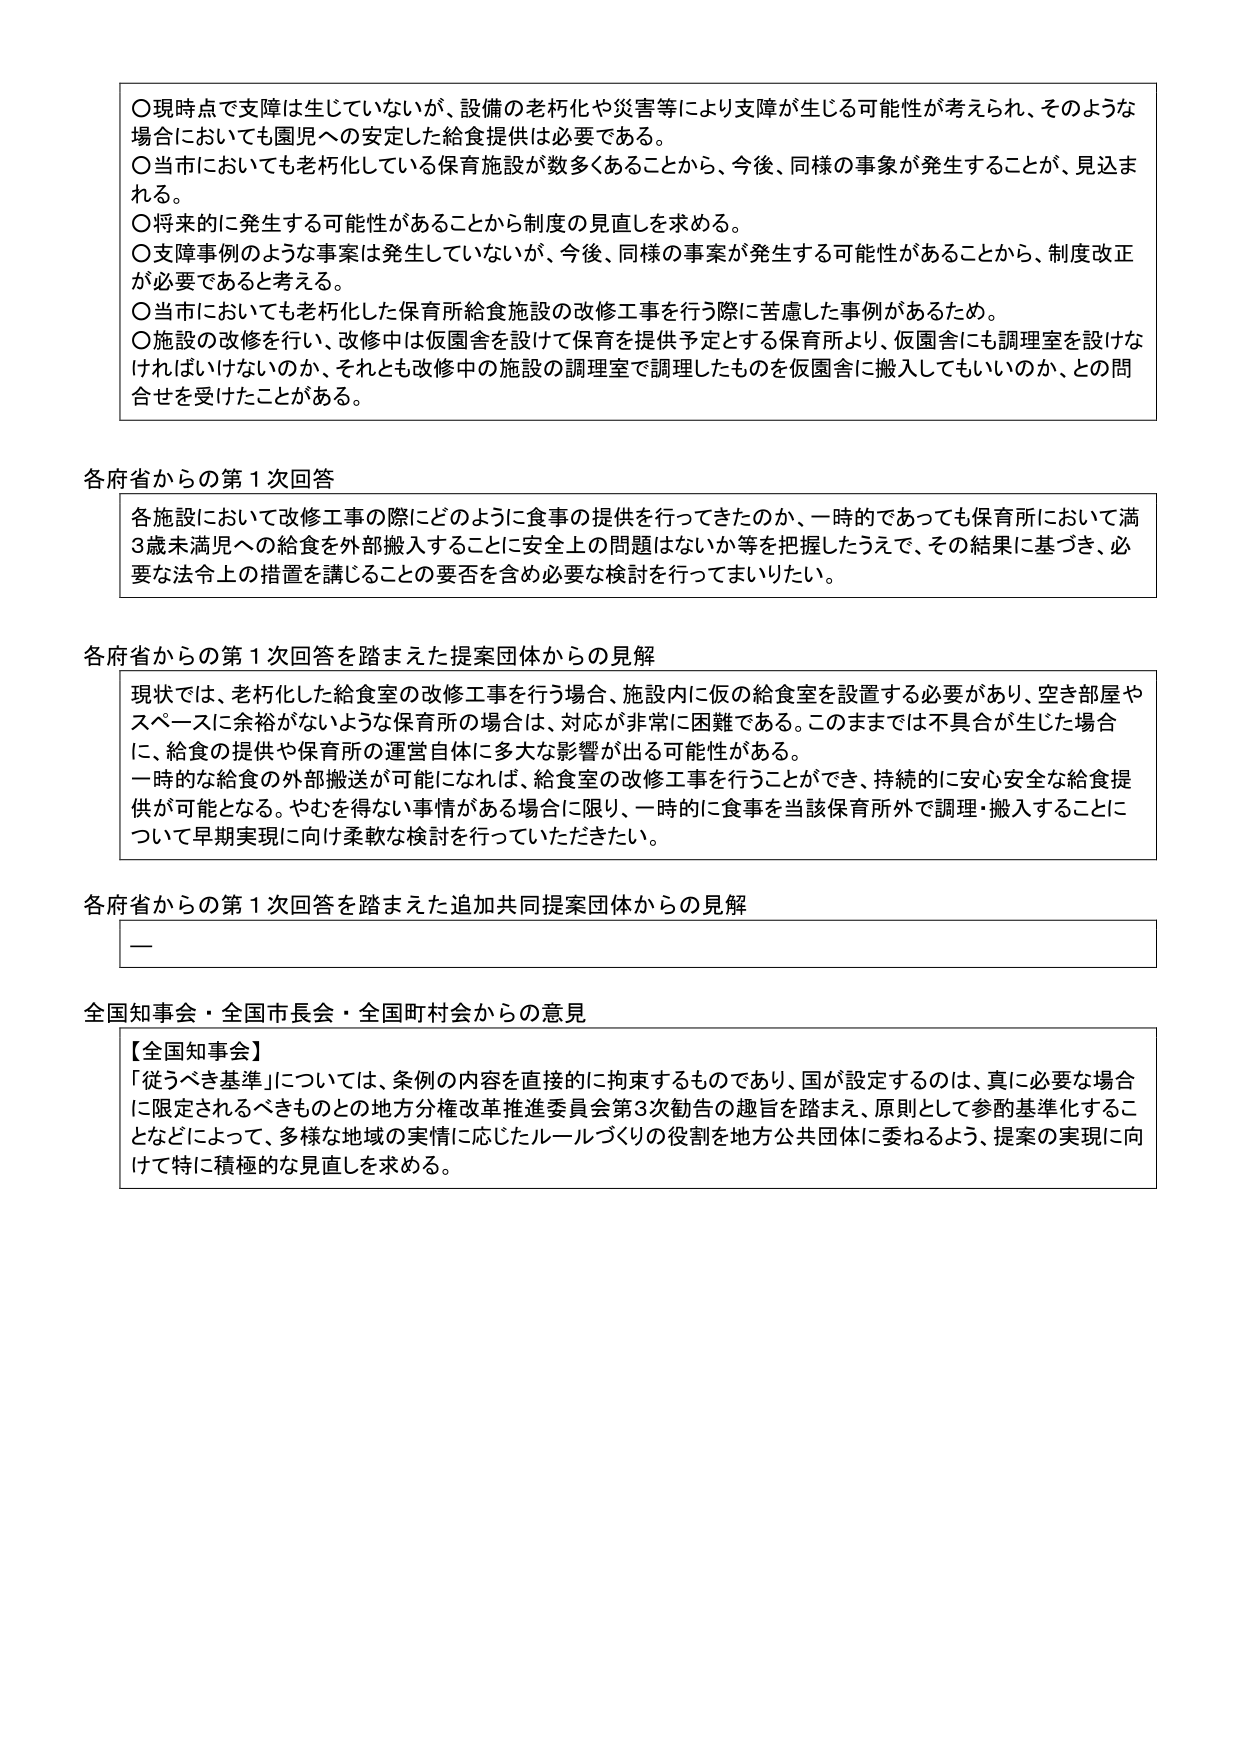
〇現時点で支障は生じていないが、設備の老朽化や災害等により支障が生じる可能性が考えられ、そのような場合においても園児への安定した給食提供は必要である。
〇当市においても老朽化している保育施設が数多くあることから、今後、同様の事象が発生することが、見込まれる。
〇将来的に発生する可能性があることから制度の見直しを求める。
〇支障事例のような事案は発生していないが、今後、同様の事案が発生する可能性があることから、制度改正が必要であると考える。
〇当市においても老朽化した保育所給食施設の改修工事を行う際に苦慮した事例があるため。
〇施設の改修を行い、改修中は仮園舎を設けて保育を提供予定とする保育所より、仮園舎にも調理室を設けなければならないのか、それとも改修中の施設の調理室で調理したものを仮園舎に搬入してもいいのか、との問合せを受けたことがある。

各府省からの第1次回答
各施設において改修工事の際にどのように食事の提供を行ってきたのか、一時的であっても保育所において満3歳未満児への給食を外部搬入することに安全上の問題はないか等を把握したうえで、その結果に基づき、必要な法令上の措置を講じることの要否を含め必要な検討を行ってまいりたい。

各府省からの第1次回答を踏まえた提案団体からの見解
現状では、老朽化した給食室の改修工事を行う場合、施設内に仮の給食室を設置する必要があり、空き部屋やスペースに余裕がないような保育所の場合は、対応が非常に困難である。このままでは不具合が生じた場合に、給食の提供や保育所の運営自体に多大な影響が出る可能性がある。
一時的な給食の外部搬送が可能になれば、給食室の改修工事を行うことができ、持続的に安心安全な給食提供が可能となる。やむを得ない事情がある場合に限り、一時的に食事を当該保育所外で調理・搬入することについて早期実現に向け柔軟な検討を行っていただきたい。

各府省からの第1次回答を踏まえた追加共同提案団体からの見解
ー

全国知事会・全国市長会・全国町村会からの意見
【全国知事会】
「従うべき基準」については、条例の内容を直接的に拘束するものであり、国が設定するのは、真に必要な場合に限定されるべきものとの地方分権改革推進委員会第3次勧告の趣旨を踏まえ、原則として参酌基準化することなどによって、多様な地域の実情に応じたルールづくりの役割を地方公共団体に委ねるよう、提案の実現に向けて特に積極的な見直しを求める。